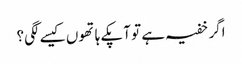
اگر خفیہ ہے تو آپکے ہاتھوں کیسے لگی؟